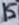
Text: 15